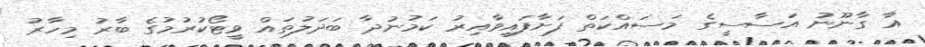
އާ ގާނޫނު އަސާސީގެ މަސައްކަތް ފަށާފައިވާއިރު ކަމުނުދާ ބަދަލުތައް ވީޓޯކުރުމުގެ ބާރު މިހާރު